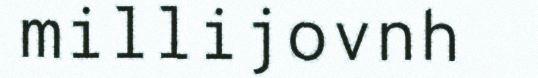
millijovnh